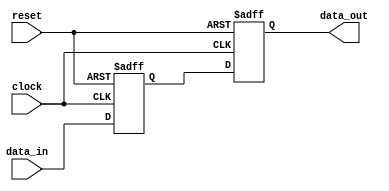
module synchronous_logic (
    input wire clock,       // Clock signal
    input wire reset,       // Reset signal (active high)
    input wire data_in,     // Input data
    output reg data_out     // Output data
);

    // Internal state variable
    reg state;

    always @(posedge clock or posedge reset) begin
        if (reset) begin
            // Synchronous reset logic
            state <= 1'b0;  // Initialize state to 0
            data_out <= 1'b0; // Clear output on reset
        end else begin
            // Sequential logic behavior
            state <= data_in; // Capture input data on clock edge
            data_out <= state; // Update output with the captured state
        end
    end

endmodule